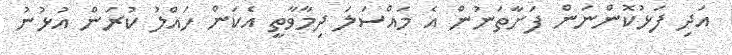
އަދި ފަޅުކޮންނަން ފަށާތަނުން އެ މައްސަލަ ދިމާވާތީ އެކަން ހައްލު ކުރަން އުޅުނު